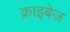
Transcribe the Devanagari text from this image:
क्राइबेज